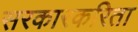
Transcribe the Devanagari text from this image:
सरकारकरिता